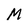
Character: M